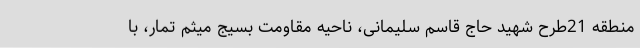
منطقه 21طرح شهید حاج قاسم سلیمانی، ناحیه مقاومت بسیج میثم تمار، با